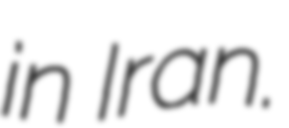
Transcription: in Iran.